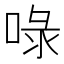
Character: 㖨